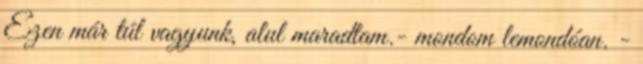
Ezen már túl vagyunk, alul maradtam.- mondom lemondóan. -